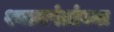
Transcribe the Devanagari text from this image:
श्यामपंतांच्या